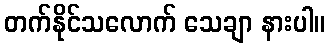
တက်နိုင်သလောက် သေချာ နားပါ။